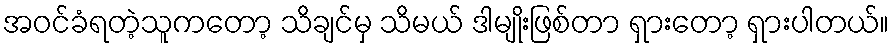
အဝင်ခံရတဲ့သူကတော့ သိချင်မှ သိမယ် ဒါမျိုးဖြစ်တာ ရှားတော့ ရှားပါတယ်။